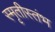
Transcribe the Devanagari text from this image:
स्मृतीस्तंभ